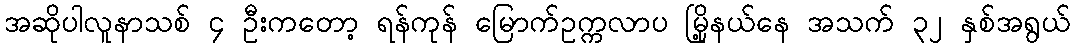
အဆိုပါလူနာသစ် ၄ ဦးကတော့ ရန်ကုန် မြောက်ဥက္ကလာပ မြို့နယ်နေ အသက် ၃၂ နှစ်အရွယ်